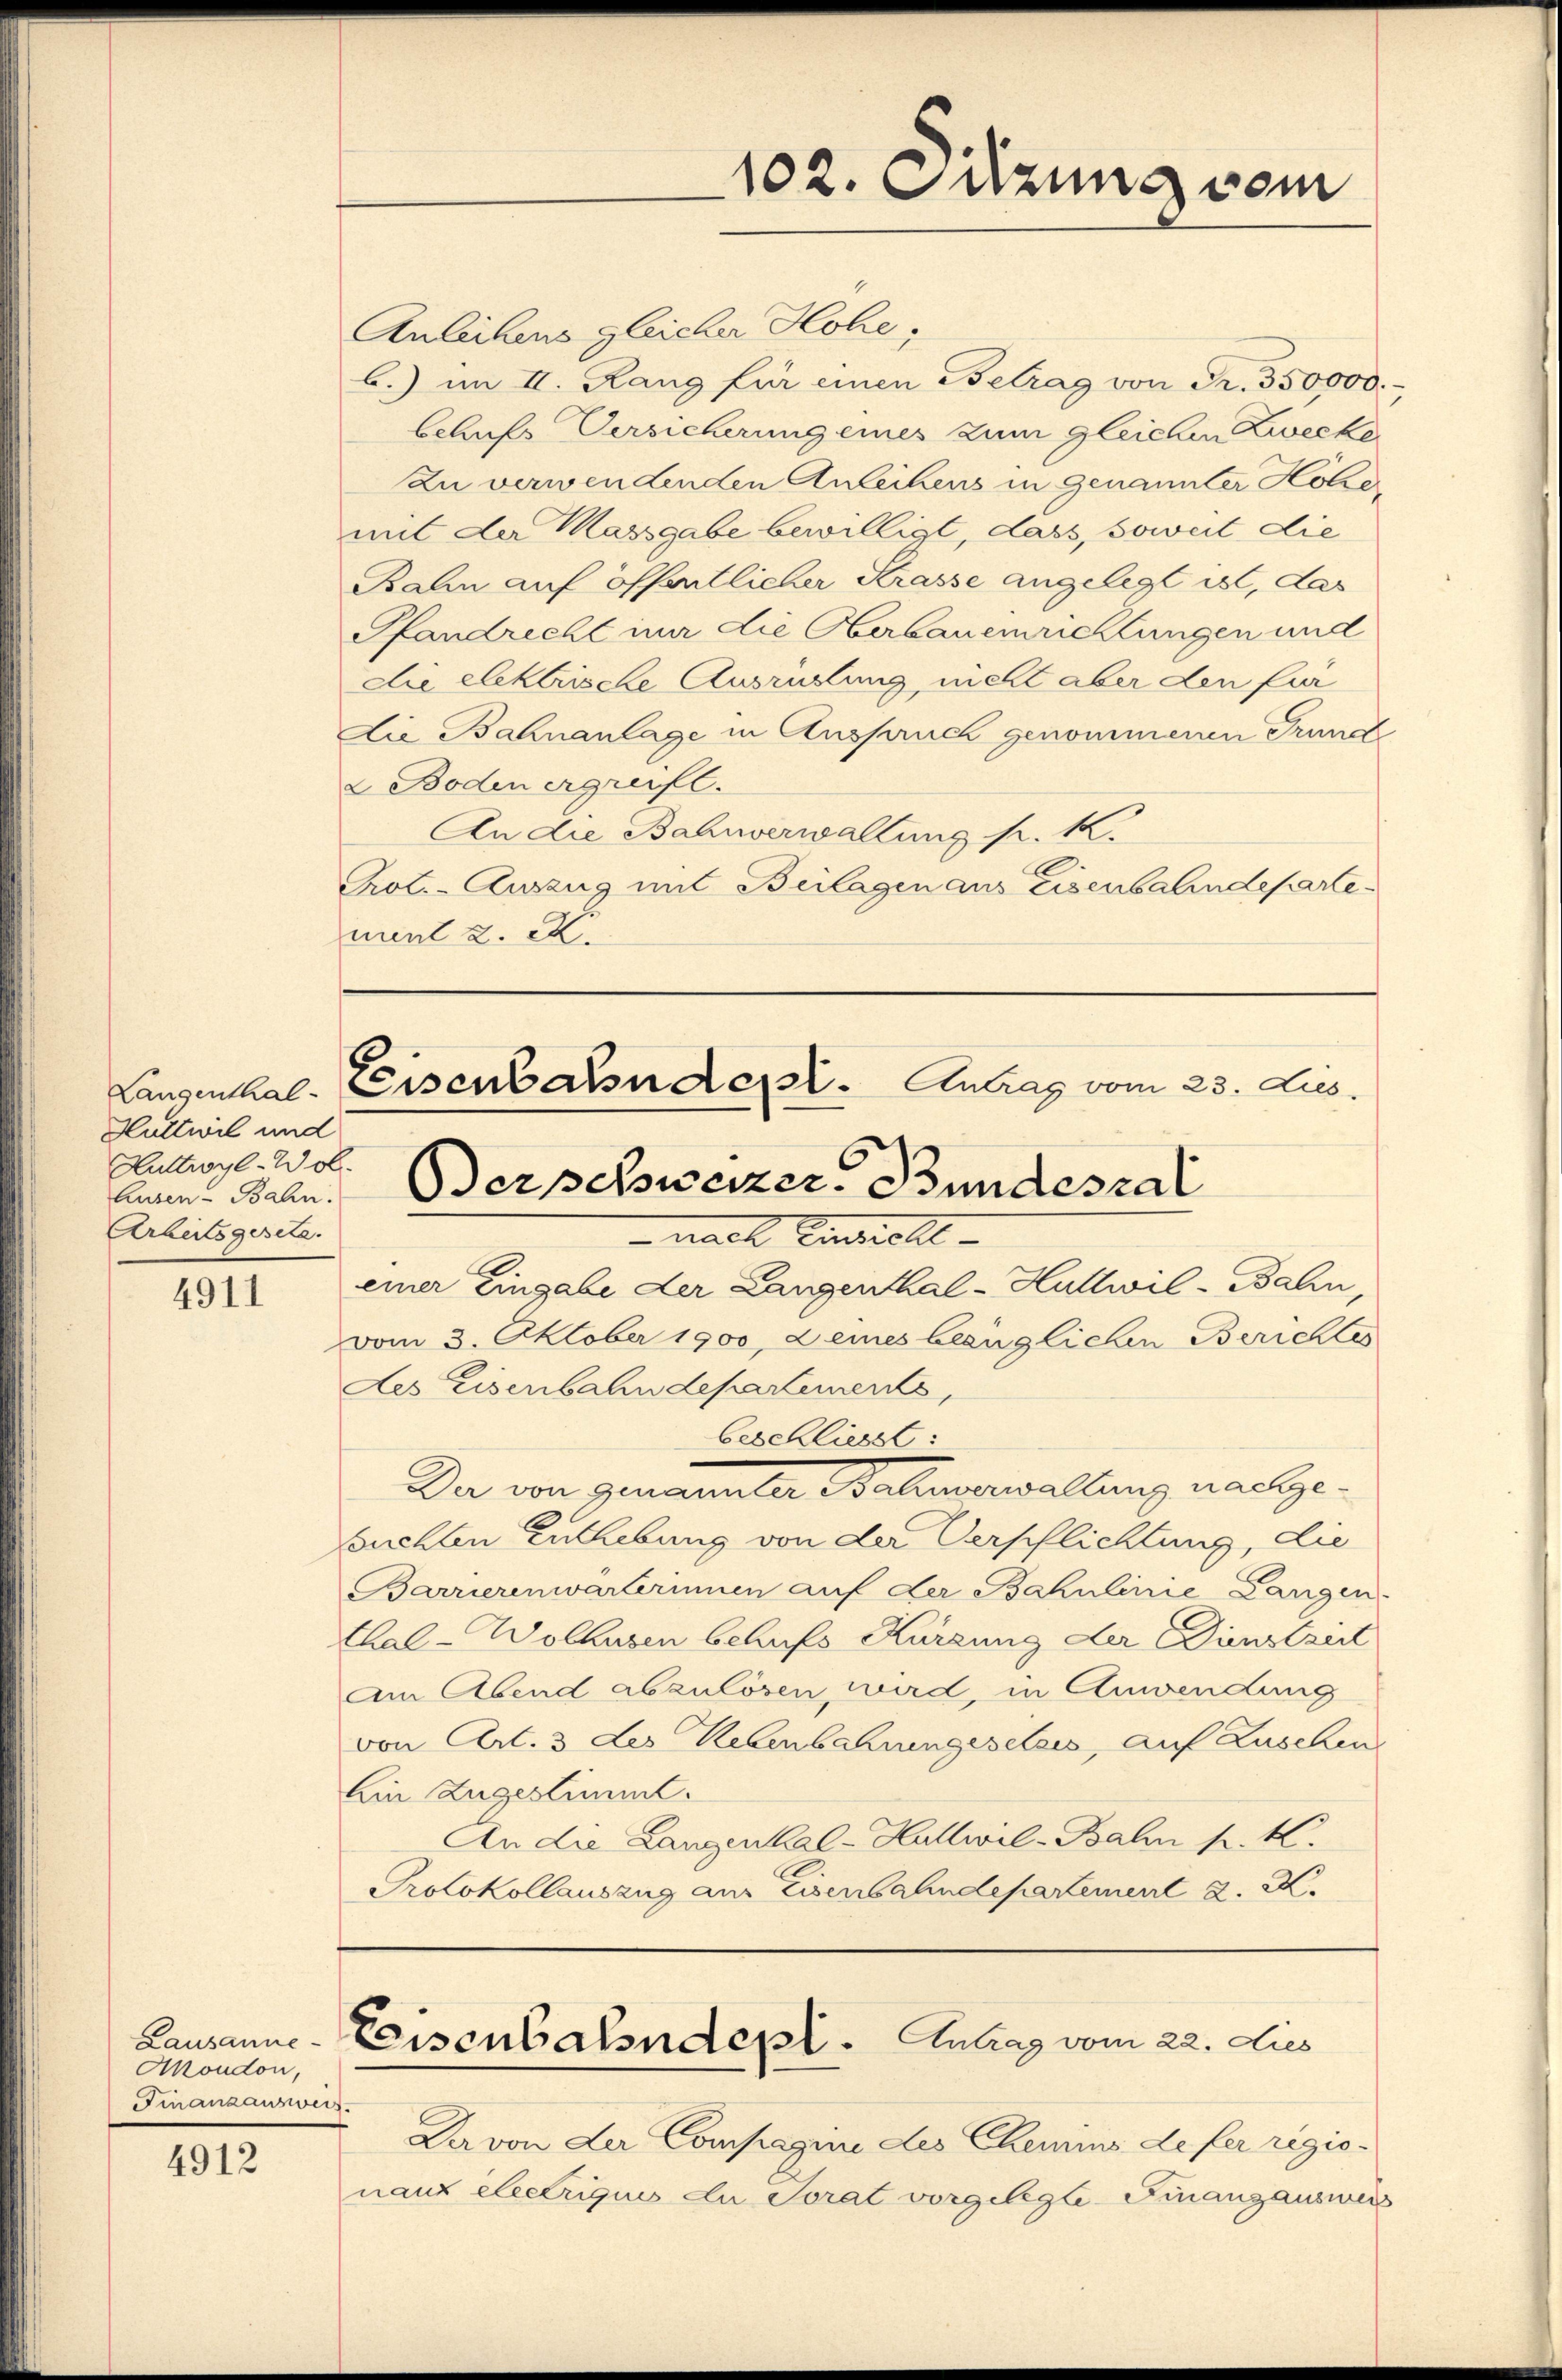
Huttwil und
Huttwyl-Wol.
Arbeitsgesetz.

4911

4912

Lausanne
Akondon,
Finanzausweis

Anleihens gleicher Hohe;
b.) im II. Rang für einen Betrag von Fr. 350000.
behufs Versicherung eines zum gleichen Zwecke
Zu verwendenden Anleihens in genannter Hohe
mit der Massgabe bewilligt, dass, soweit die
Bahn auf öffentlicher Krasse angelegt ist, das
Pfandrecht in die Oberbauemrichtungen und
die elektrische Ausrüstung nicht aber den für
Die Bahnanlage in Anspruch genommenen Grund
2 Boden ergreift.
An die Bahnverwaltung pr. K.
Prote-Auszug mit Beilagen aus Eisenbahndepartement 2. K.

nach Eintroll- |
einer Eingabe der Langenthal - Hullwil-Bahn,
vom 3. Oktober 1900, 2 eines bezüglichen Berichtes
des Eisenbahndepartements,
beschliesst
Der von genannter Balmerwaltung nachgesuchten Enthebung von der Verpflichtung, die
Barrierenwärterinnen auf der Bahnlinie Langen.
thal-Wolhusen behufs Kürzung der Dienstzeit
Am Abend abzulösen, wird, in Anwendung
von Art. 3 des Lebenbahrungesetzes, auf Zuschen
Ein Zugestimmt.
An die Lanzenhal-Hallwil-Bahn p. K.
Protokollauszug am Eisenbahndepartement 2. X.

102. Sitzung vom

Langenthal-Eisenbahnder. Antrag vom 23. Jus
ine Bahn. Der schweizer Bundesrat

Reisenbahndepl. Antrag vom 22. Dies

Davon der Compagnie des Chemis de fer regienauz electriquis du Torat vorgelegte Finanzausweis